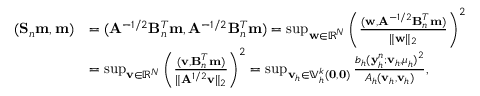
\begin{array} { r l } { ( \mathbf { S } _ { n } \mathbf { m } , \mathbf { m } ) } & { = ( \mathbf { A } ^ { - 1 / 2 } \mathbf { B } _ { n } ^ { T } \mathbf { m } , \mathbf { A } ^ { - 1 / 2 } \mathbf { B } _ { n } ^ { T } \mathbf { m } ) = \operatorname* { s u p } _ { \mathbf { w } \in \mathbb { R } ^ { N } } \left( \frac { ( \mathbf { w } , \mathbf { A } ^ { - 1 / 2 } \mathbf { B } _ { n } ^ { T } \mathbf { m } ) } { \| \mathbf { w } \| _ { 2 } } \right) ^ { 2 } } \\ & { = \operatorname* { s u p } _ { \mathbf { v } \in \mathbb { R } ^ { N } } \left( \frac { ( \mathbf { v } , \mathbf { B } _ { n } ^ { T } \mathbf { m } ) } { \| \mathbf { A } ^ { 1 / 2 } \mathbf { v } \| _ { 2 } } \right) ^ { 2 } = \operatorname* { s u p } _ { \mathbf { v } _ { h } \in \mathbb { V } _ { h } ^ { k } ( \mathbf { 0 } , \mathbf { 0 } ) } \frac { b _ { h } ( \mathbf { y } _ { h } ^ { n } ; \mathbf { v } _ { h } , \boldsymbol { \mu } _ { h } ) ^ { 2 } } { A _ { h } ( \mathbf { v } _ { h } , \mathbf { v } _ { h } ) } , } \end{array}